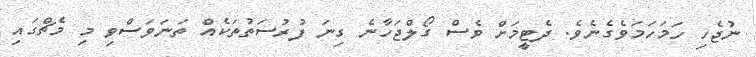
ނުޖެހި ހަމަހަމަވެގެނެވެ. ދެޓީމަށް ވެސް ގޯލްޖަހާނެ ގިނަ ފުރުސަތުތަކެއް ތަނަވަސްވި މި މެޗްގައި